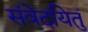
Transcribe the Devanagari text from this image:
संवेदयितुं